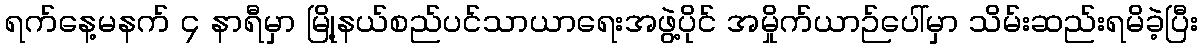
ရက်နေ့မနက် ၄ နာရီမှာ မြို့နယ်စည်ပင်သာယာရေးအဖွဲ့ပိုင် အမှိုက်ယာဉ်ပေါ်မှာ သိမ်းဆည်းရမိခဲ့ပြီး